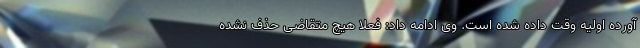
آورده اولیه وقت داده شده است. وی ادامه داد: فعلا هیچ متقاضی حذف نشده